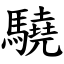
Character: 驍